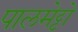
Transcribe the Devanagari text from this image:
पालमेट्टो